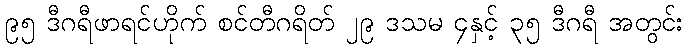
၉၅ ဒီဂရီဖာရင်ဟိုက် စင်တီဂရိတ် ၂၉ ဒသမ ၄နှင့် ၃၅ ဒီဂရီ အတွင်း